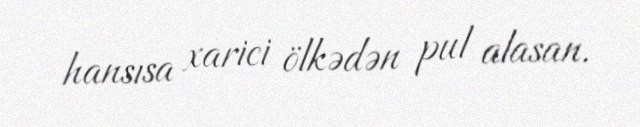
hansısa xarici ölkədən pul alasan.